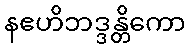
နဧဟိဘဒ္ဒန္တိကော